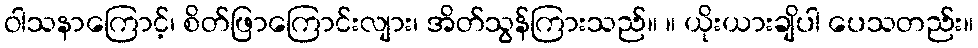
ဝါသနာကြောင့်၊ စိတ်ဖြာကြောင်းလျား၊ အိတ်သွန်ကြားသည်။ ။ ယိုးယားချိပါ ပေသတည်း။